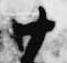
廿